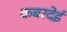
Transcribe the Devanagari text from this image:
कबरदेई